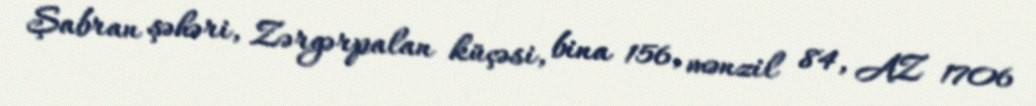
Şabran şəhəri, Zərgərpalan küçəsi, bina 156, mənzil 84, AZ 1706